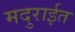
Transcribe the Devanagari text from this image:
मदुराईत